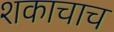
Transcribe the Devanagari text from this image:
शकाचाच